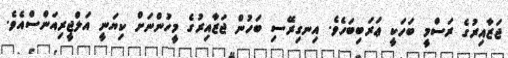
ޖަޒާއިރުގެ ރަސްމީ ބަހަކީ ޢަރަބިބަހެވެ. އިނގިރޭސި ބަހުން ޖަޒާއިރުގެ މީހުންނަށް ކިޔަނީ އަލްޖީރިއަންސްއެވެ.